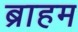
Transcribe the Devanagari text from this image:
ब्राहम